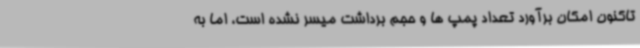
تاکنون امکان برآورد تعداد پمپ ها و حجم برداشت میسر نشده است، اما به